Vaccination report Assam 1874-1896 - 1874-1896
Year: 1874
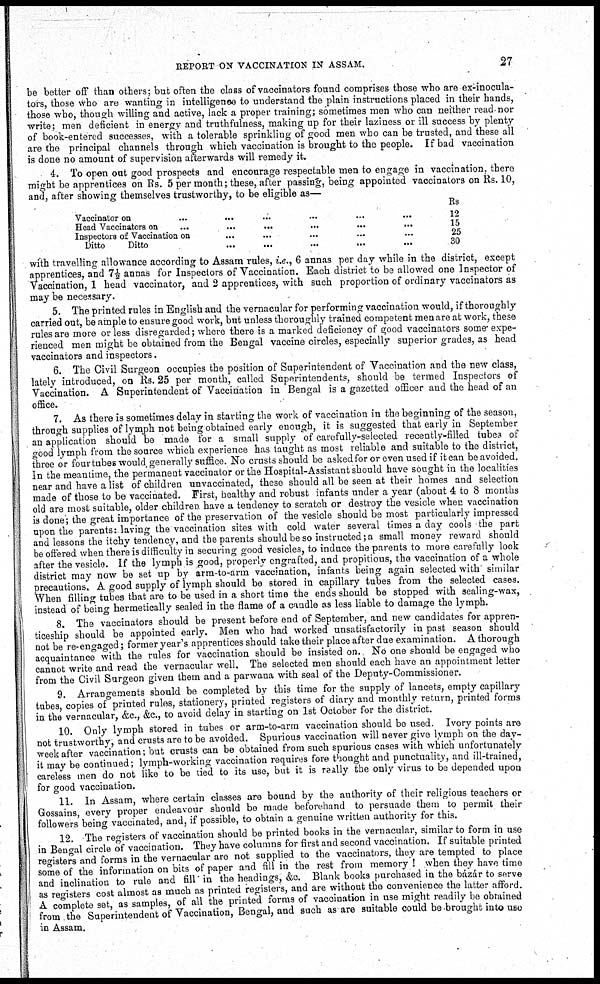
REPORT ON VACCINATION IN ASSAM.
27
be better off than others; but often the class of vaccinators found comprises those who are ex-inocula¬
tors, those who are wanting in intelligence to understand the plain instructions placed in their hands,
those who, though willing and active, lack a proper training; sometimes men who can neither read nor
write; men deficient in energy and truthfulness, making up for their laziness or ill success by plenty
of book-entered successes, with a tolerable sprinkling of good men who can be trusted, and these all
are the principal channels through which vaccination is brought to the people. If bad vaccination
is done no amount of supervision afterwards will remedy it.
4. To open out good prospects and encourage respectable men to engage in vaccination, there
might be apprentices on Rs. 5 per month; these, after passing, being appointed vaccinators on Rs. 10,
and, after showing themselves trustworthy, to be eligible as—
Vaccinator on
...
... ... ... ...
Head Vaccinators on
...
...
...
... ... ...
Inspectors of Vaccination on ... ... ... ... ... ...
Ditto
Ditto ... ... ... ...
Rs
12
15
25
30
with travelling allowance according to Assam rules, i.e., 6 annas per day while in the district, except
apprentices, and 7½ annas for Inspectors of Vaccination. Each district to be allowed one Inspector of
Vaccination, 1 head vaccinator, and 2 apprentices, with such proportion of ordinary vaccinators as
may be necessary.
5. The printed rules in English and the vernacular for performing vaccination would, if thoroughly
carried out, be ample to ensure good work, but unless thoroughly trained competent men are at work, these
rules are more or less disregarded; where there is a marked deficiency of good vaccinators some expe-
rienced men might be obtained from the Bengal vaccine circles, especially superior grades, as head
vaccinators and inspectors.
6. The Civil Surgeon occupies the position of Superintendent of Vaccination and the new class,
lately introduced, on Rs. 25 per month, called Superintendents, should be termed Inspectors of
Vaccination. A Superintendent of Vaccination in Bengal is a gazetted officer and the head of an
office.
7. As there is sometimes delay in starting the work of vaccination in the beginning of the season,
through supplies of lymph not being obtained early enough, it is suggested that early in September
an application should be made for a small supply of carefully-selected recently-filled tubes of
good lymph from the source which experience has taught as most reliable and suitable to the district,
three or four tubes would generally suffice. No crusts should be asked for or even used if it can be avoided.
In the meantime, the permanent vaccinator or the Hospital-Assistant should have sought in the localities
near and have a list of children unvaccinated, these should all be seen at their homes and selection
made of those to be vaccinated. First, healthy and robust infants under a year (about 4 to 8 months
old are most suitable, older children have a tendency to scratch or destroy the vesicle when vaccination
is done; the great importance of the preservation of the vesicle should be most particularly impressed
upon the parents: laving the vaccination sites with cold water several times a day cools the part
and lessons the itchy tendency, and the parents should be so instructed; a small money reward should
be offered when there is difficulty in securing good vesicles, to induce the parents to more carefully look
after the vesicle. If the lymph is good, properly engrafted, and propitious, the vaccination of a whole
district may now be set up by arm-to-arm vaccination, infants being again selected with similar
precautions. A good supply of lymph should be stored in capillary tubes from the selected cases.
When filling tubes that are to be used in a short time the ends should be stopped with sealing-wax,
instead of being hermetically sealed in the flame of a candle as less liable to damage the lymph.
8. The vaccinators should be present before end of September, and new candidates for appren-
ticeship should be appointed early. Men who had worked unsatisfactorily in past season should
not be re-engaged; former year's apprentices should take their place after due examination. A thorough
acquaintance with the rules for vaccination should be insisted on. No one should be engaged who
cannot write and read the vernacular well. The selected men should each have an appointment letter
from the Civil Surgeon given them and a parwana with seal of the Deputy-Commissioner.
9. Arrangements should be completed by this time for the supply of lancets, empty capillary
tubes, copies of printed rules, stationery, printed registers of diary and monthly return, printed forms
in the vernacular, &c., &c., to avoid delay in starting on 1st October for the district.
10. Only lymph stored in tubes or arm-to-arm vaccination should be used. Ivory points are
not trustworthy, and crusts are to be avoided. Spurious vaccination will never give lymph on the day-
week after vaccination; but crusts can be obtained from such spurious cases with which unfortunately
it may be continued; lymph-working vaccination requires fore thought and punctuality, and ill-trained,
careless men do not like to be tied to its use, but it is really the only virus to be depended upon
for good vaccination.
11. In Assam, where certain classes are bound by the authority of their religious teachers or
Gossains, every proper endeavour should be made beforehand to persuade them to permit their
followers being vaccinated, and, if possible, to obtain a genuine written authority for this.
12. The registers of vaccination should be printed books in the vernacular, similar to form in use
in Bengal circle of vaccination. They have columns for first and second vaccination. If suitable printed
registers and forms in the vernacular are not supplied to the vaccinators, they are tempted to place
some of the information on bits of paper and fill in the rest from memory ! when they have time
and inclination to rule and fill in the headings, &c. Blank books purchased in the bázár to serve
as registers cost almost as much as printed registers, and are without the convenience the latter afford.
A complete set, as samples, of all the printed forms of vaccination in use might readily be obtained
from the Superintendent of Vaccination, Bengal, and such as are suitable could be brought into use
in Assam.